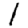
Digit: 1